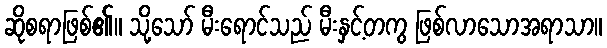
ဆိုစရာဖြစ်၏။ သို့သော် မီးရောင်သည် မီးနှင့်တကွ ဖြစ်လာသောအရာသာ။